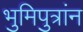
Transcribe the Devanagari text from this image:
भुमिपुत्रांन